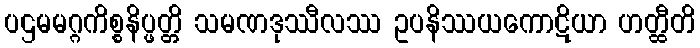
ပဌမမဂ္ဂကိစ္စနိပ္ဖတ္တိ သမဏဒုဿီလဿ ဥပနိဿယကောဋိယာ ဟတ္ထီတိ